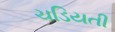
ચડિયતી